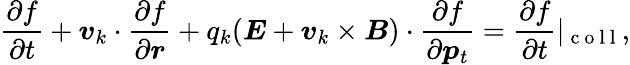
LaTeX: \frac{\partial f}{\partial t}+\boldsymbol{v}_{k}\cdot{\frac{\partial f}{\partial\boldsymbol{r}}}+q_{k}(\boldsymbol{E}+\boldsymbol{v}_{k}\times\boldsymbol{B})\cdot{\frac{\partial f}{\partial\boldsymbol{p}_{t}}}=\frac{\partial f}{\partial t}|_{\mathrm{~c~o~l~l~}},